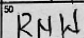
Transcription: RNW